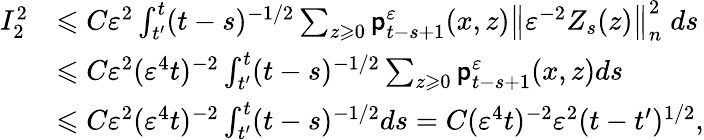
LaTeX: \begin{array}{rl}{I_{2}^{2}}&{\leqslant C\varepsilon^{2}\int_{t^{\prime}}^{t}(t-s)^{-1/2}\sum_{z\geqslant 0}\mathsf{p}_{t-s+1}^{\varepsilon}(x,z)\big\| \varepsilon^{-2}Z_{s}(z)\big\| _{n}^{2}\; ds}\\ &{\leqslant C\varepsilon^{2}(\varepsilon^{4}t)^{-2}\int_{t^{\prime}}^{t}(t-s)^{-1/2}\sum_{z\geqslant 0}\mathsf{p}_{t-s+1}^{\varepsilon}(x,z)ds}\\ &{\leqslant C\varepsilon^{2}(\varepsilon^{4}t)^{-2}\int_{t^{\prime}}^{t}(t-s)^{-1/2}ds=C(\varepsilon^{4}t)^{-2}\varepsilon^{2}(t-t^{\prime})^{1/2},}\end{array}